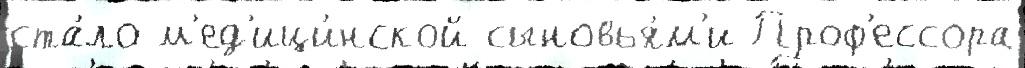
ста́ло м'ед'ици́нской сыновья́м'и Проф'ессора